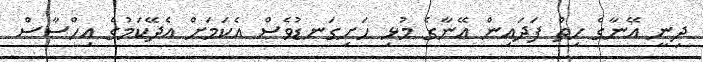
ދިނީ އޭނާގެ ހިތް ފަދައިން އޭނާގެ މުޅި ހަށިގަނޑުވެސް އެކަމަށް އެދޭކަމުގެ އިހްސާސް